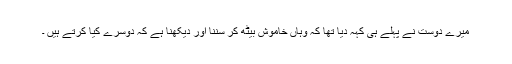
میرے دوست نے پہلے ہی کہہ دیا تھا کہ وہاں خاموش بیٹھ کر سُننا اور دیکھنا ہے کہ دوسرے کیا کرتے ہیں ۔